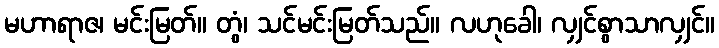
မဟာရာဇ၊ မင်းမြတ်။ တွံ၊ သင်မင်းမြတ်သည်။ လဟုခေါ၊ လျှင်စွာသာလျှင်။